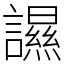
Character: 䜙